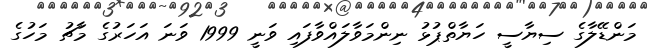
މަންޑޭލާގެ ސިޔާސީ ހަޔާތްޕުޅު ނިންމަވާލައްވާފައި ވަނީ 1999 ވަނަ އަހަރުގެ މާޗު މަހުގެ